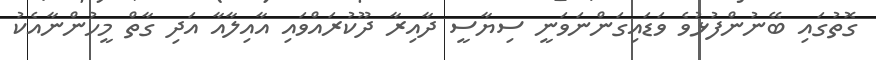
ގޮތުގައި ބޭނުންފުޅުވެ ވަޑައިގަންނަވަނީ ސިޔާސީ ދާއިރާ ދޫކުރައްވައި އާއިލާއާ އަދި ގާތް މީހުންނާއެކު